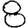
Digit: 8